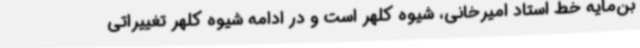
بن‌مایه خط استاد امیرخانی، شیوه کلهر است و در ادامه شیوه کلهر تغییراتی